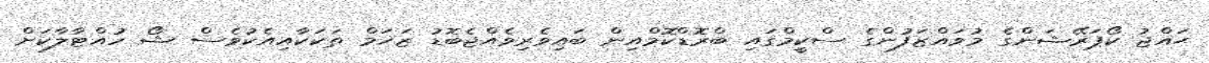
ޙައްޖު ކޯޕަރޭޝަންގެ މުވައްޒަފުންގެ ސްކީމްގައި ބްރޮޑްކޮމްއިން ބައިވެރިވެއްޖެބޮޑު ޒަޚަމް ތަކަކާއިއެކުވެސް ޝޯ ހުއްޓާލާކަށް